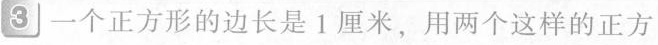
3 一个正方形的边长是1厘米，用两个这样的正方